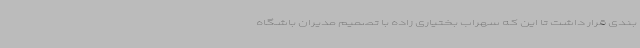
بندی قرار داشت تا این که سهراب بختیاری زاده با تصمیم مدیران باشگاه